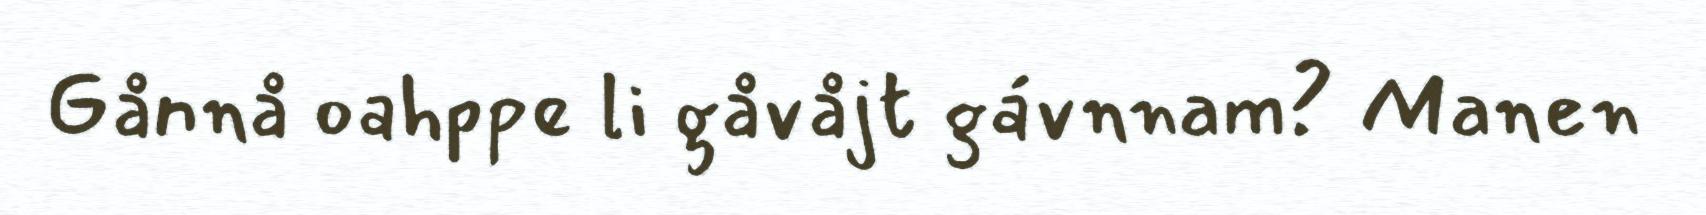
Gånnå oahppe li gåvåjt gávnnam? Manen